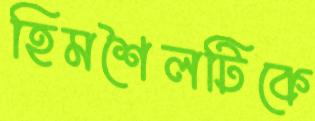
হিমশৈলটিকে